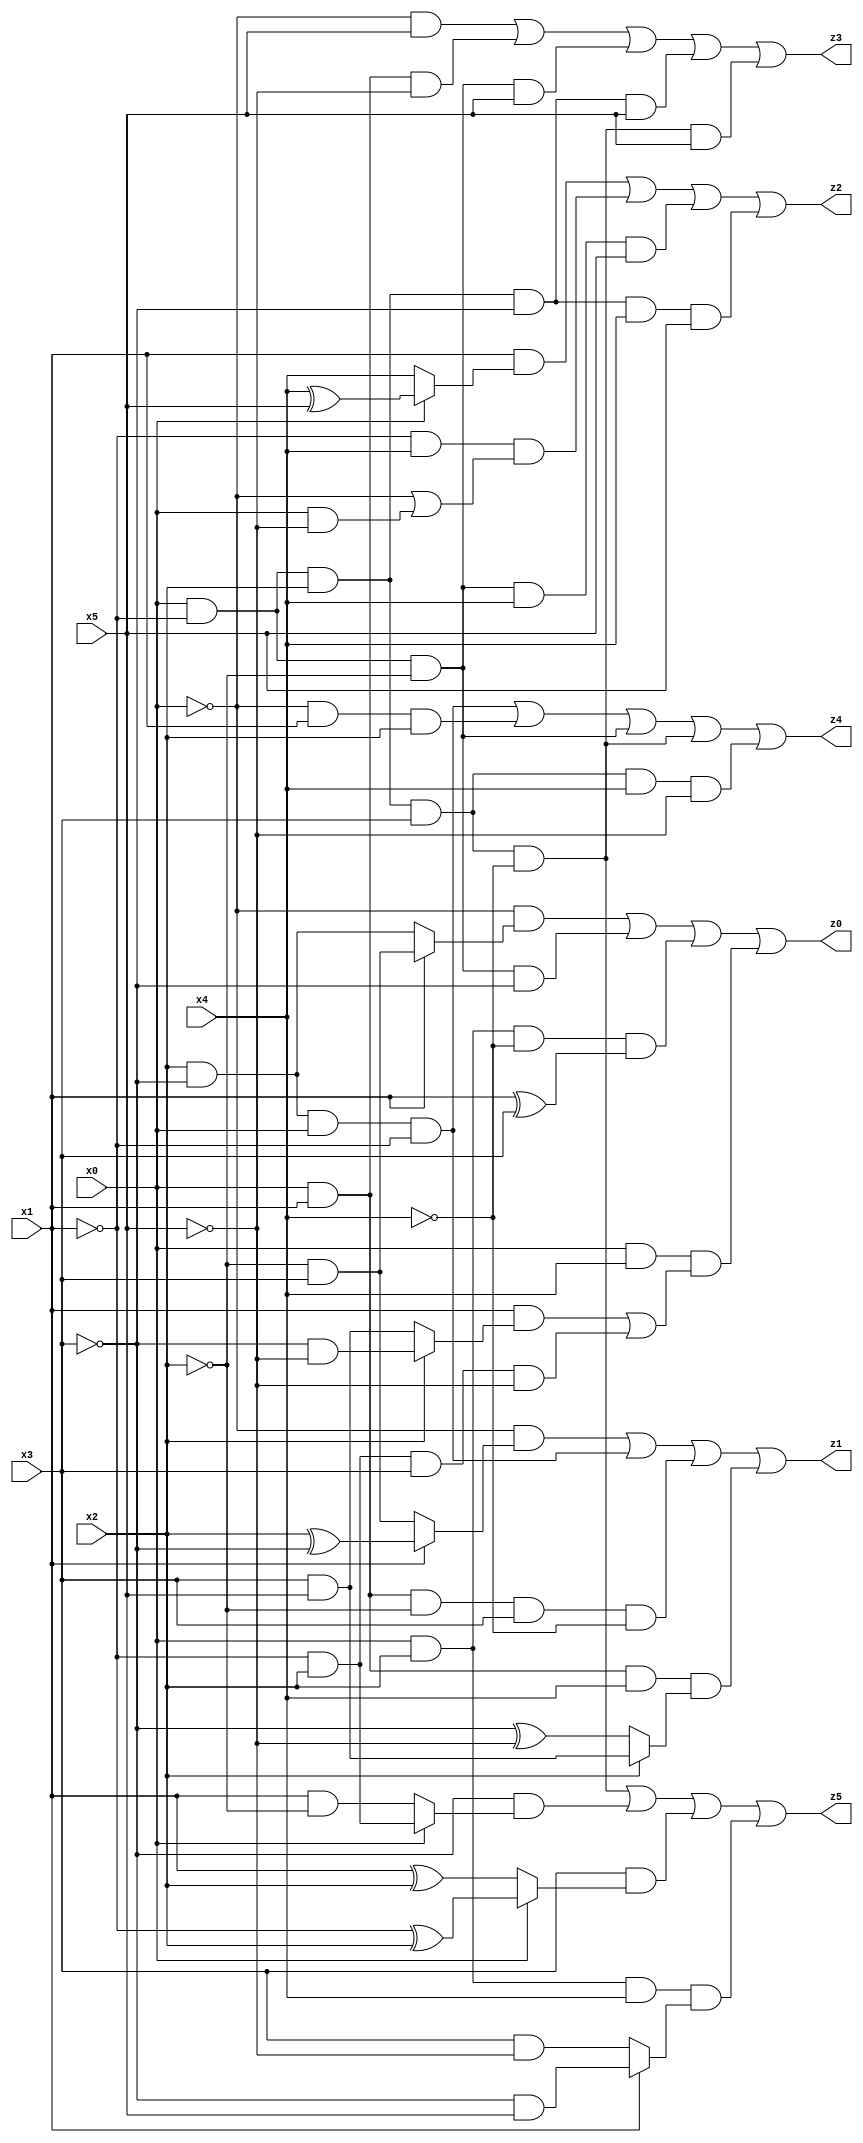
// Benchmark "X_9" written by ABC on Thu Jun 29 03:14:35 2023

module X_9 ( 
    x0, x1, x2, x3, x4, x5,
    z0, z1, z2, z3, z4, z5  );
  input  x0, x1, x2, x3, x4, x5;
  output z0, z1, z2, z3, z4, z5;
  assign z0 = (~x0 & (x1 ? (~x2 & x3) : (x2 & ~x3))) | (x0 & ~x1 & ~x2 & ~x3) | (x0 & x2 & ~x4 & (x1 ^ x3)) | (x0 & x4 & ((x1 & (x2 ? (~x3 & ~x5) : (x3 & x5))) | (~x1 & x2 & x3 & ~x5)));
  assign z1 = (~x0 & (x1 ? (x2 ^ ~x3) : (~x2 & x3))) | (x2 & ~x3 & x0 & ~x1) | (x0 & x1 & ~x2 & x3 & ~x4) | (x0 & x1 & x4 & (x2 ? (x3 & x5) : (~x3 ^ ~x5)));
  assign z2 = (x1 & (x0 ? (x4 ^ x5) : x4)) | (~x1 & x4 & (~x0 | (x0 & ~x5))) | (x0 & ~x1 & ~x2 & x4 & x5) | (x0 & ~x1 & x2 & ~x3 & x4 & x5);
  assign z3 = (~x0 & x5) | (x0 & x1 & ~x5) | (x0 & ~x1 & ~x2 & x5) | (x0 & ~x1 & x2 & ~x3 & x5) | (x0 & ~x1 & x2 & x3 & ~x4 & x5);
  assign z4 = (x2 & ~x3 & x0 & ~x1) | (~x0 & x1 & x2) | (x0 & ~x1 & ~x2) | (x0 & ~x1 & x2 & x3 & ~x4) | (x0 & ~x1 & x2 & x3 & x4 & ~x5);
  assign z5 = (x0 & ~x1 & x2 & x3 & ~x4) | (~x3 & (x0 ? (~x1 & x2) : (x1 & ~x2))) | (x3 & (x0 ? (~x1 ^ x2) : (x1 ^ x2))) | (x0 & x2 & x4 & (x1 ? (~x3 & x5) : (x3 & ~x5)));
endmodule